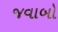
જવાબો